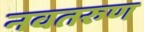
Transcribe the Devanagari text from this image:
नवतरुण